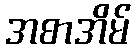
အစာအိမ်